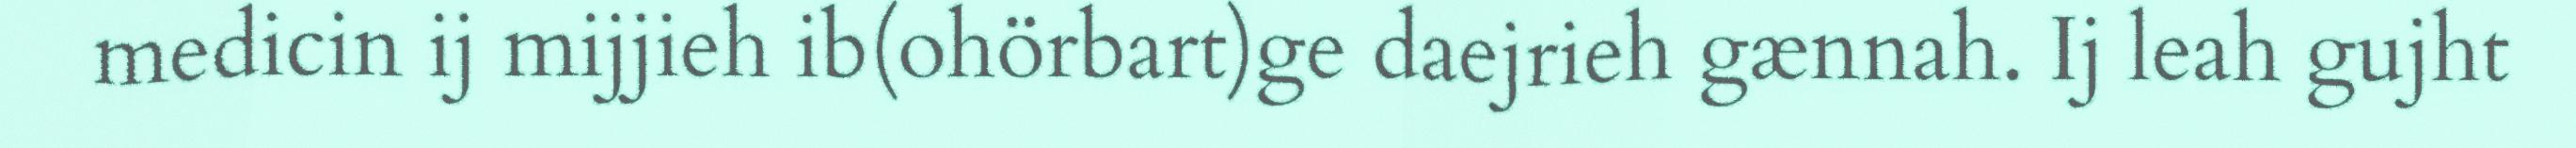
medicin ij mijjieh ib(ohörbart)ge daejrieh gænnah. Ij leah gujht